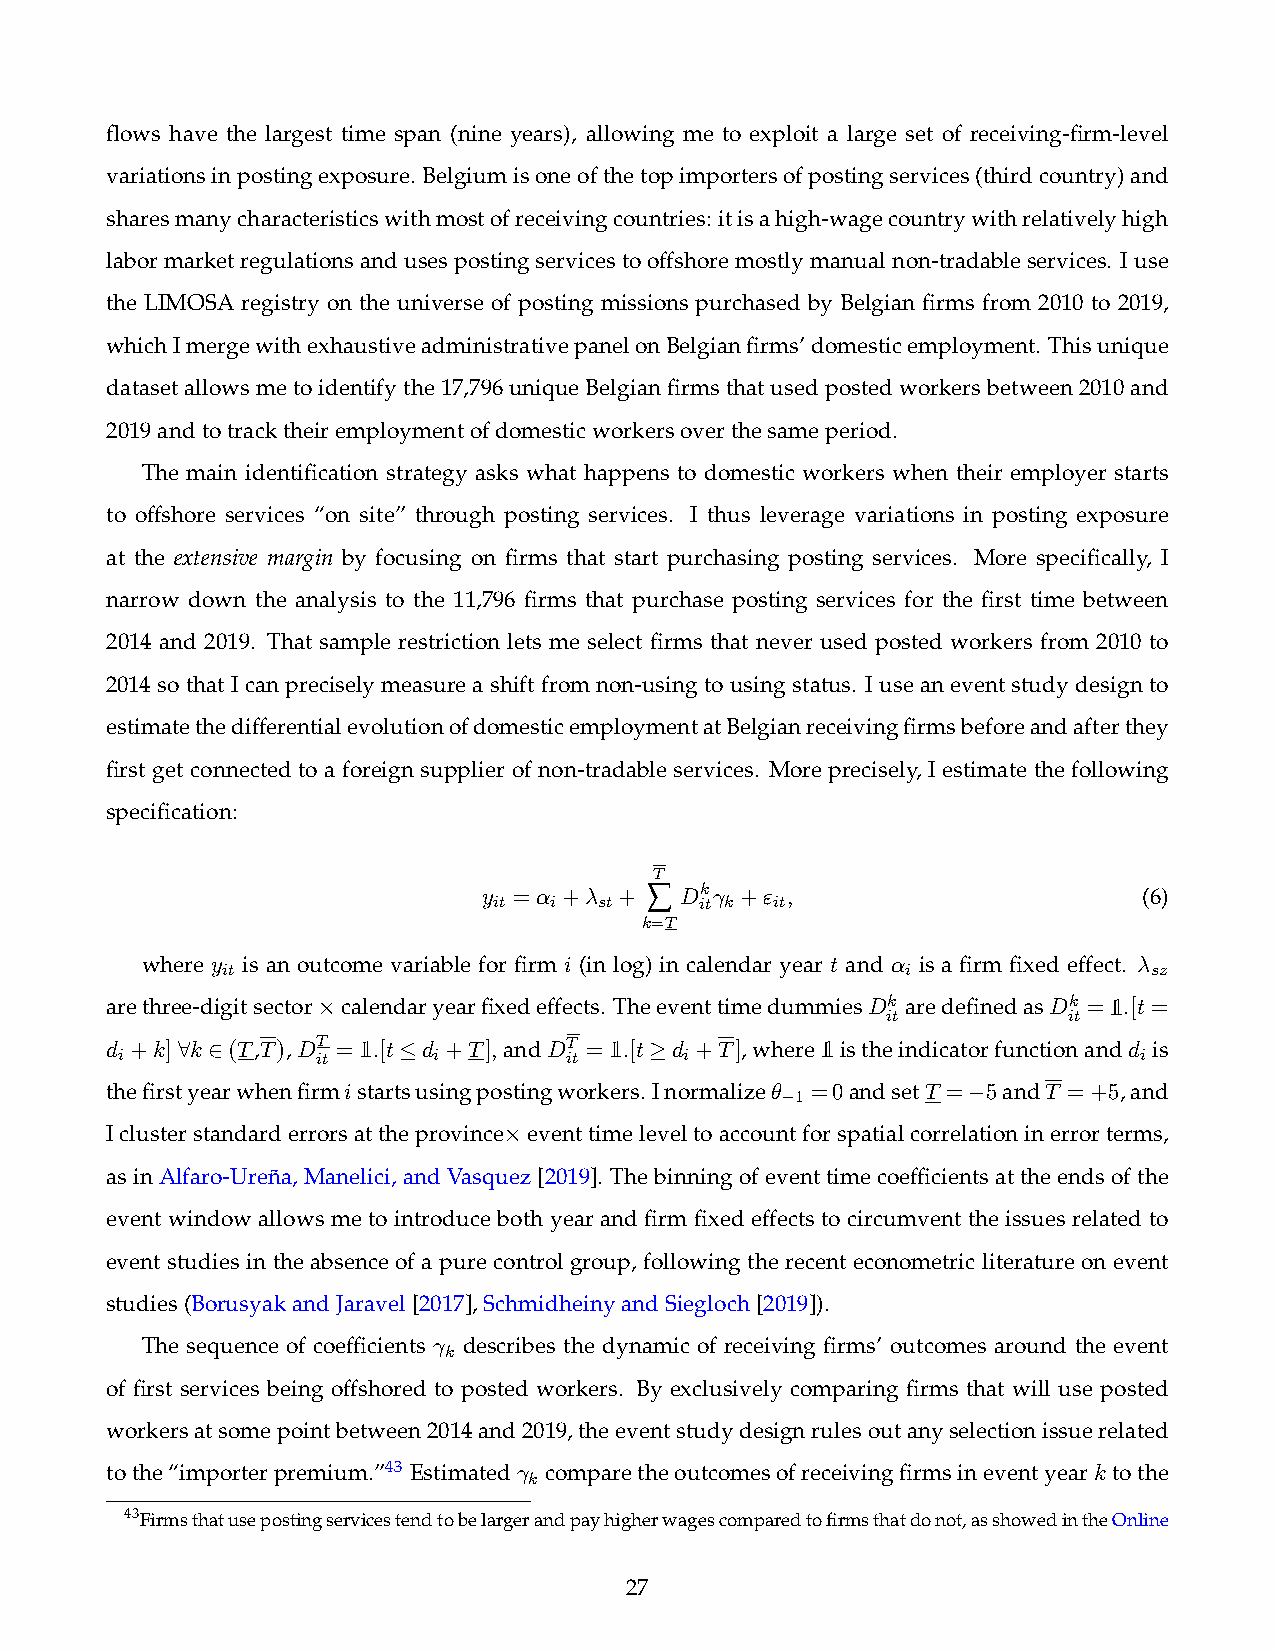
flows have the largest time span (nine years), allowing me to exploit a large set of receiving-firm-level
 variationsinpostingexposure. Belgiumisoneofthetopimportersofpostingservices(thirdcountry)and
 sharesmanycharacteristicswithmostofreceivingcountries: itisahigh-wagecountrywithrelativelyhigh
 labormarketregulationsandusespostingservicestooffshoremostlymanualnon-tradableservices. Iuse
 the LIMOSA registry on the universe of posting missions purchased by Belgian firms from 2010 to 2019,
 whichImergewithexhaustiveadministrativepanelonBelgianfirms’domesticemployment. Thisunique
 datasetallowsmetoidentifythe17,796uniqueBelgianfirmsthatusedpostedworkersbetween2010and
 2019andtotracktheiremploymentofdomesticworkersoverthesameperiod.
 The main identification strategy asks what happens to domestic workers when their employer starts
 to offshore services “on site” through posting services. I thus leverage variations in posting exposure
 at the extensive margin by focusing on firms that start purchasing posting services. More specifically, I
 narrow down the analysis to the 11,796 firms that purchase posting services for the first time between
 2014 and 2019. That sample restriction lets me select firms that never used posted workers from 2010 to
 2014sothatIcanpreciselymeasureashiftfromnon-usingtousingstatus. Iuseaneventstudydesignto
 estimatethedifferentialevolutionofdomesticemploymentatBelgianreceivingfirmsbeforeandafterthey
 first get connected to a foreign supplier of non-tradable services. More precisely, I estimate the following
 specification:
 T
 y =↵ +  + Â Dk +" ,                       (6)
 it i   st    it k it
 k=T
 where y is an outcome variable for firm i (in log) in calendar year t and ↵ is a firm fixed effect.
 it                                           i               sz
 arethree-digitsector calendaryearfixedeffects. TheeventtimedummiesDk aredefinedasDk = .[t=
 ⇥                                     it          it
 d +k] k (T,T),DT = .[t d +T],andDT = .[t d +T],where istheindicatorfunctionandd is
 i   8 2      it     i       it     i                             i
 thefirstyearwhenfirmistartsusingpostingworkers. Inormalize✓ =0andsetT = 5andT =+5,and
 1

 Iclusterstandarderrorsattheprovince eventtimeleveltoaccountforspatialcorrelationinerrorterms,
 ⇥
 asinAlfaro-Ureña,Manelici,andVasquez[2019]. Thebinningofeventtimecoefficientsattheendsofthe
 event window allows me to introduce both year and firm fixed effects to circumvent the issues related to
 event studies in the absence of a pure control group, following the recent econometric literature on event
 studies(BorusyakandJaravel[2017],SchmidheinyandSiegloch[2019]).
 The sequence of coefficients  describes the dynamic of receiving firms’ outcomes around the event
 k
 of first services being offshored to posted workers. By exclusively comparing firms that will use posted
 workersatsomepointbetween2014and2019,theeventstudydesignrulesoutanyselectionissuerelated
 tothe“importerpremium.”43 Estimated comparetheoutcomesofreceivingfirmsineventyeark tothe
 k
 43Firmsthatusepostingservicestendtobelargerandpayhigherwagescomparedtofirmsthatdonot,asshowedintheOnline
 27